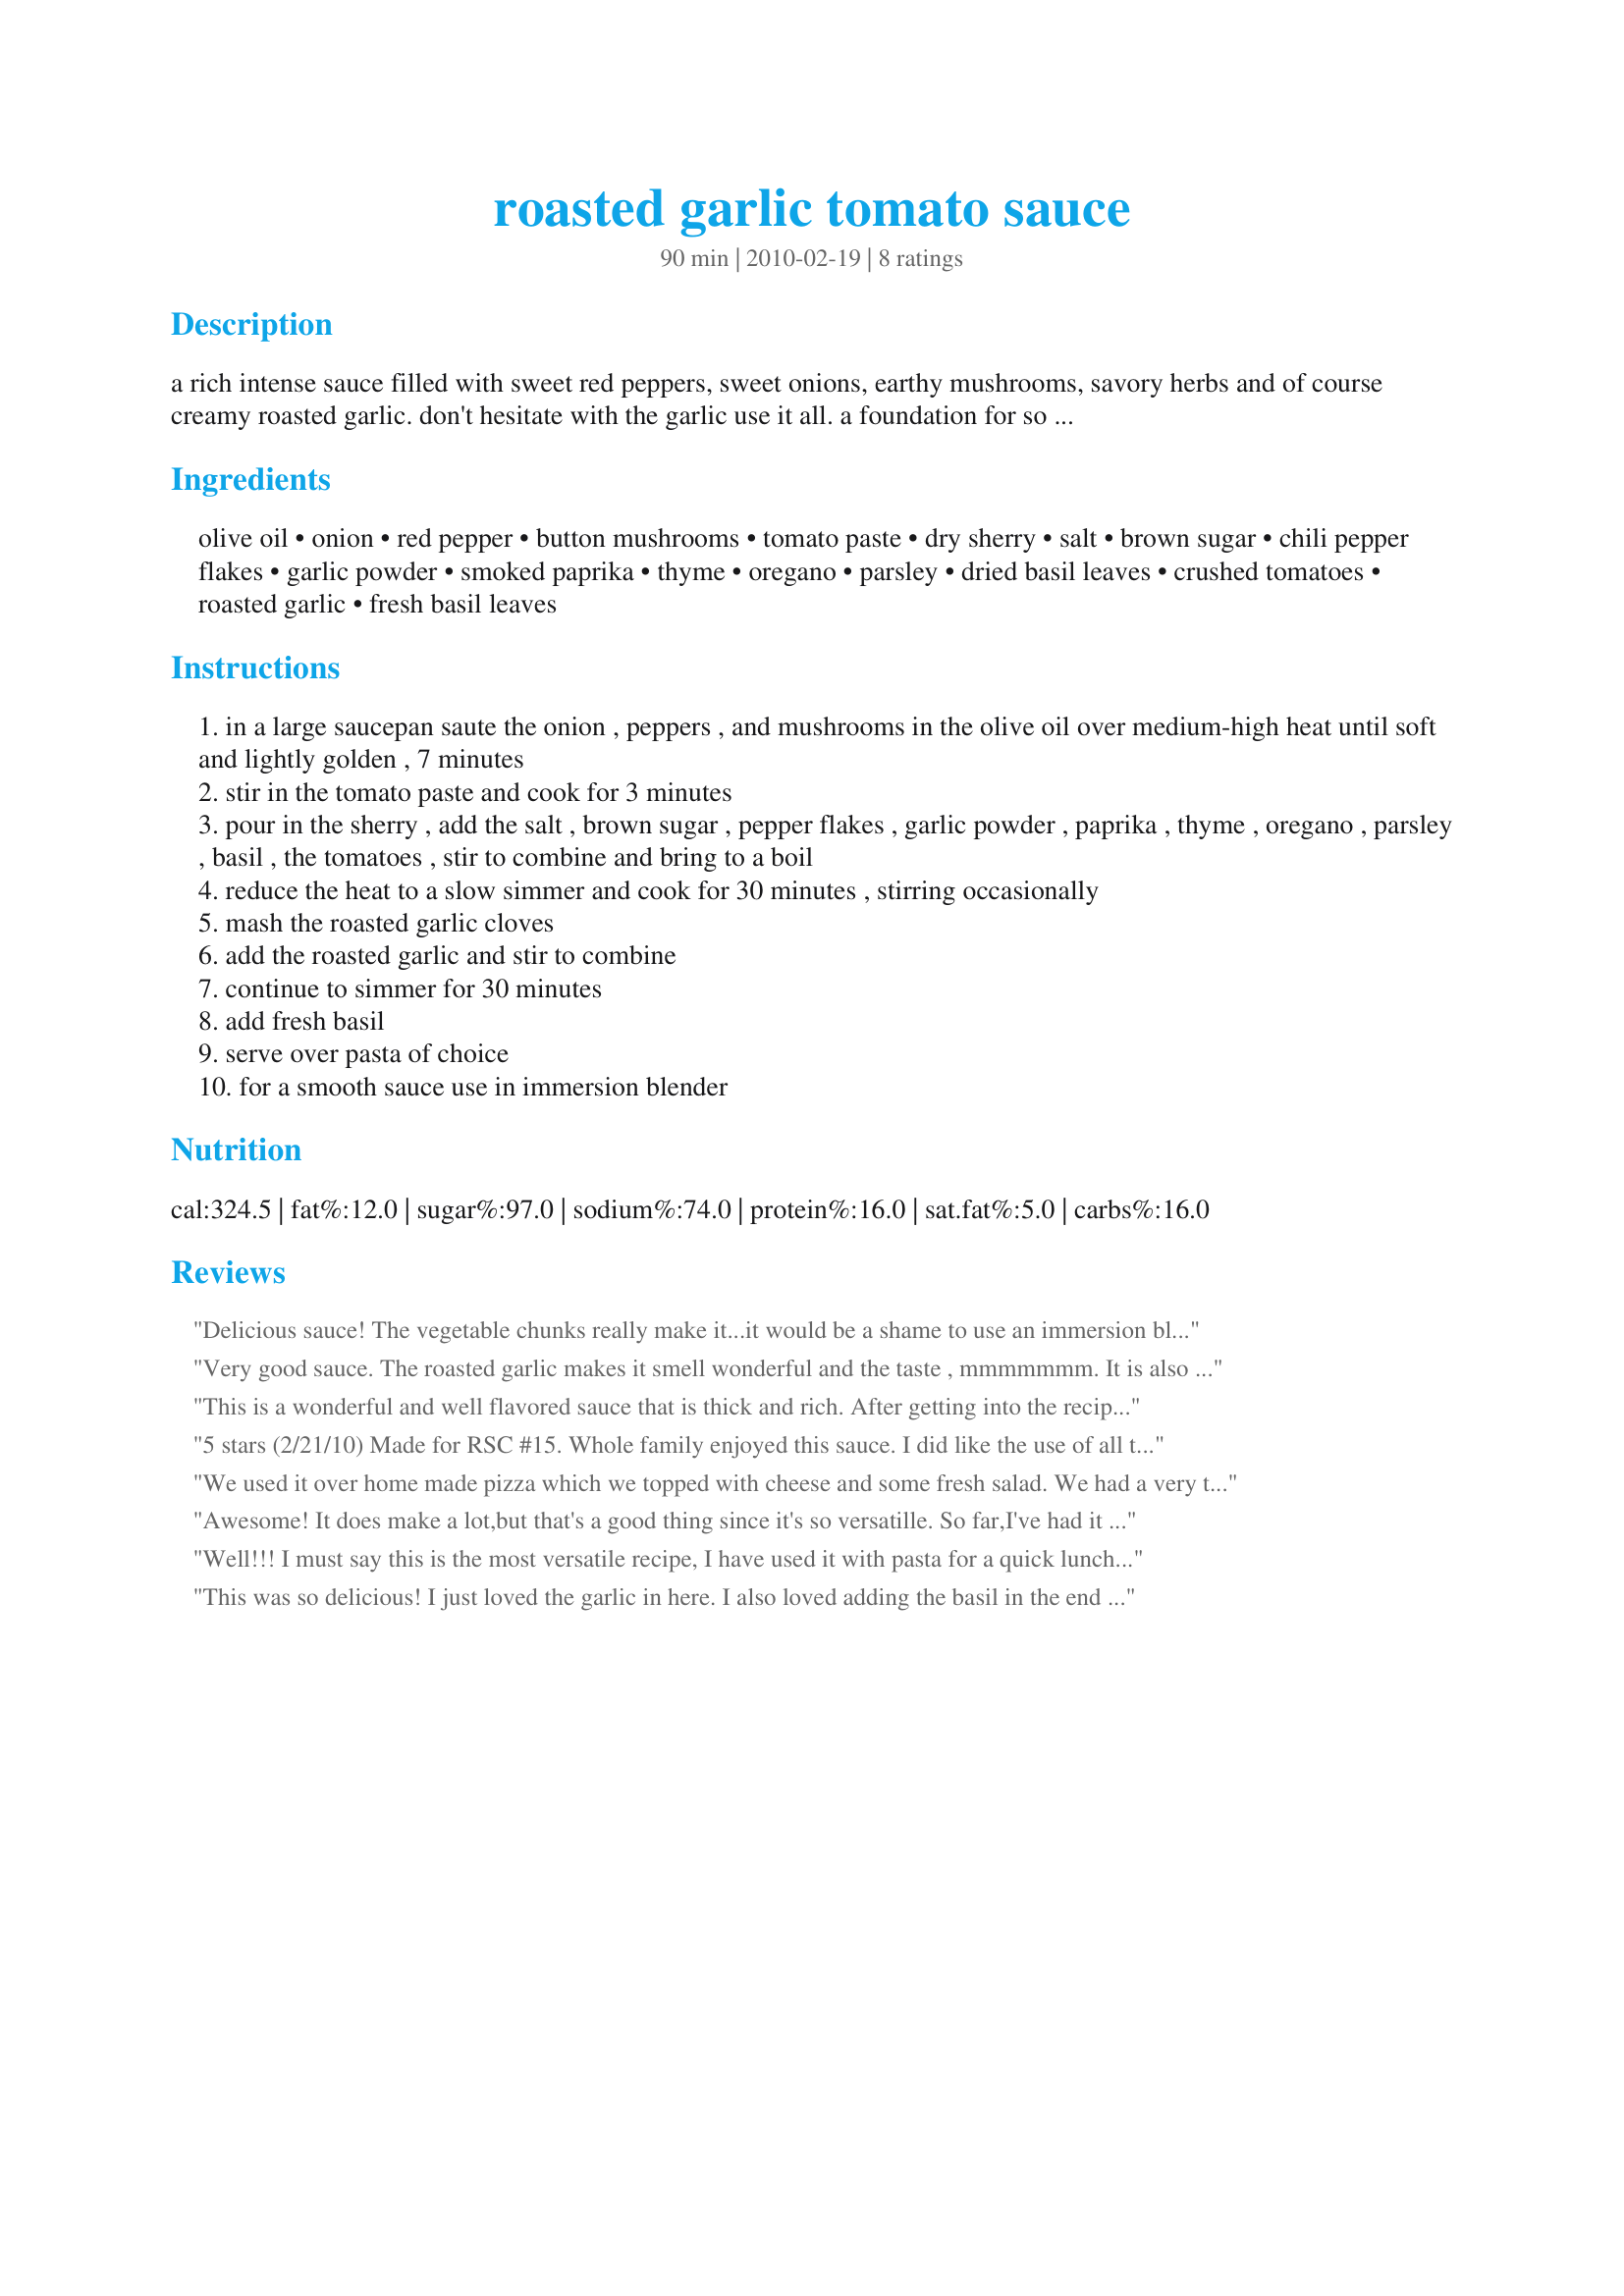
roasted garlic tomato sauce
Preparation time: 90 minutes

a rich intense sauce filled with sweet red peppers, sweet onions, earthy mushrooms, savory herbs and of course creamy roasted garlic. don't hesitate with the garlic use it all. a foundation for so many yummy dishes - pizzas, pasta, chicken, and fish, or use in a parmesan dish of choice.

Ingredients:
olive oil, onion, red pepper, button mushrooms, tomato paste, dry sherry, salt, brown sugar, chili pepper flakes, garlic powder, smoked paprika, thyme, oregano, parsley, dried basil leaves, crushed tomatoes, roasted garlic, fresh basil leaves

Steps:
in a large saucepan saute the onion , peppers , and mushrooms in the olive oil over medium-high heat until soft and lightly golden , 7 minutes
stir in the tomato paste and cook for 3 minutes
pour in the sherry , add the salt , brown sugar , pepper flakes , garlic powder , paprika , thyme , oregano , parsley , basil , the tomatoes , stir to combine and bring to a boil
reduce the heat to a slow simmer and cook for 30 minutes , stirring occasionally
mash the roasted garlic cloves
add the roasted garlic and stir to combine
continue to simmer for 30 minutes
add fresh basil
serve over pasta of choice
for a smooth sauce use in immersion blender

Reviews:
Delicious sauce! The vegetable chunks really make it...it would be a shame to use an immersion blender. I agree with PaulaG that this is a whole lot of sauce...6-10 would be better for the serving size. The garlic and basil are very dominant flavors (this is a good thing); I couldn't detect the individual dry spices and sugar so some or all may be omitted to produce the same result.
Very good sauce. The roasted garlic makes it smell wonderful and the taste , mmmmmmm. It is also a very versatile sauce. I've had it over pasta, cous-cous and rice. It would also be good on pizza. I like it that it is vegetarian, that way I can have it just as it is or add some meat(balls) for a change. It also freezes well. Thank you for creating a new recipe and good luck in the contest. Made for RSC #15 Cooking Contest.
This is a wonderful and well flavored sauce that is thick and rich. After getting into the recipe I discovered that it called for simmering for 1 hour total. Being in a hurry to get dinner on the table, it was only simmered for 30 minutes The sauce was pureed in the blender. I do believe that the servings are off or DH and I are very small eaters. Half a recipe was enough for 6 servings served over whole wheat spaghetti. Good luck in RSC.
5 stars (2/21/10) Made for RSC #15. Whole family enjoyed this sauce. I did like the use of all the garlic as we love garlic in this house. The flavors of the sauce came through on the back of the tongue and the garlic although it seems alot is not overpowering. I probably would use more basil in the sauce next time. Made and served with homemade lasagna. Will definitely use this again. Very simple to put together and I can see it tasting even better with fresh garden tomatoes! Thank you chef and good luck.
We used it over home made pizza which we topped with cheese and some fresh salad. We had a very tasty dinner that night. A glass of good red wine would be good with it i thought. I will make it again with pasta. Good luck for the contest.
Awesome! It does make a lot,but that's a good thing since it's so versatille. So far,I've had it with pasta,but can't wait to try the rest with other things too. Something really good to have in the freezer. Thyme and paprika was something new for me in a tomato sauce.Can't wait to see who came up with it.Made for RSC#15.
Well!!! I must say this is the most versatile recipe, I have used it with pasta for a quick lunch, but there are so many more things you can do with it. You can use it for pizza, lasagna, meatballs, chicken, are a few that I will use it for. I also think it will freeze very well great if you freeze in portions for all your other dishes it has a nice richness to it I think that the sherry gives it that depth of flavour.Very good indeed. Made for RSC#15 Update I froze some of this as it was a lot of sauce and since then I have thawed it and had it with meatballs, I still have some in the freezer. thank you for a very good recipe.
This was so delicious! I just loved the garlic in here. I also loved adding the basil in the end it worked very well. I served this a few days later (heated) over fish, and it was just so good! In this way, I like the idea of making it a versatile sauce.
